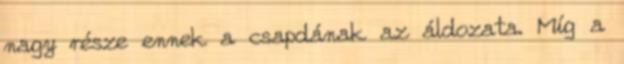
nagy része ennek a csapdának az áldozata. Míg a